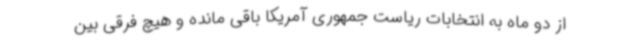
از دو ماه به انتخابات ریاست جمهوری آمریکا باقی مانده و هیچ فرقی بین